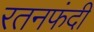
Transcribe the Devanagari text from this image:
रतनफंदी